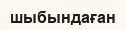
шыбындаған